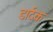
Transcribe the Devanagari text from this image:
डार्दक